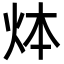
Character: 㶱